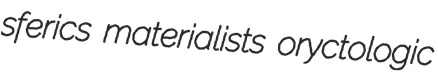
sferics materialists oryctologic